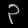
Digit: ၃